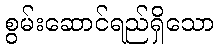
စွမ်းဆောင်ရည်ရှိသော